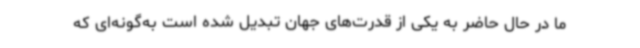
ما در حال حاضر به یکی از قدرت‌های جهان تبدیل شده است به‌گونه‌ای که